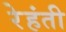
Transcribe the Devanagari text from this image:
रेहंती